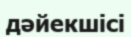
дәйекшісі